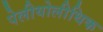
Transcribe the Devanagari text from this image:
पेलीयोलीथिक